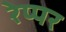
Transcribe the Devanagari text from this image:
रेप्पर